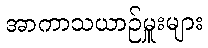
အာကာသယာဉ်မှူးများ